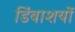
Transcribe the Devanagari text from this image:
डिंबाशयों